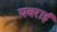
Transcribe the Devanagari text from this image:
घबराईं